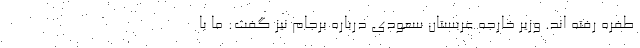
طفره رفته اند. وزیر خارجه عربستان سعودی درباره برجام نیز گفت: ما با